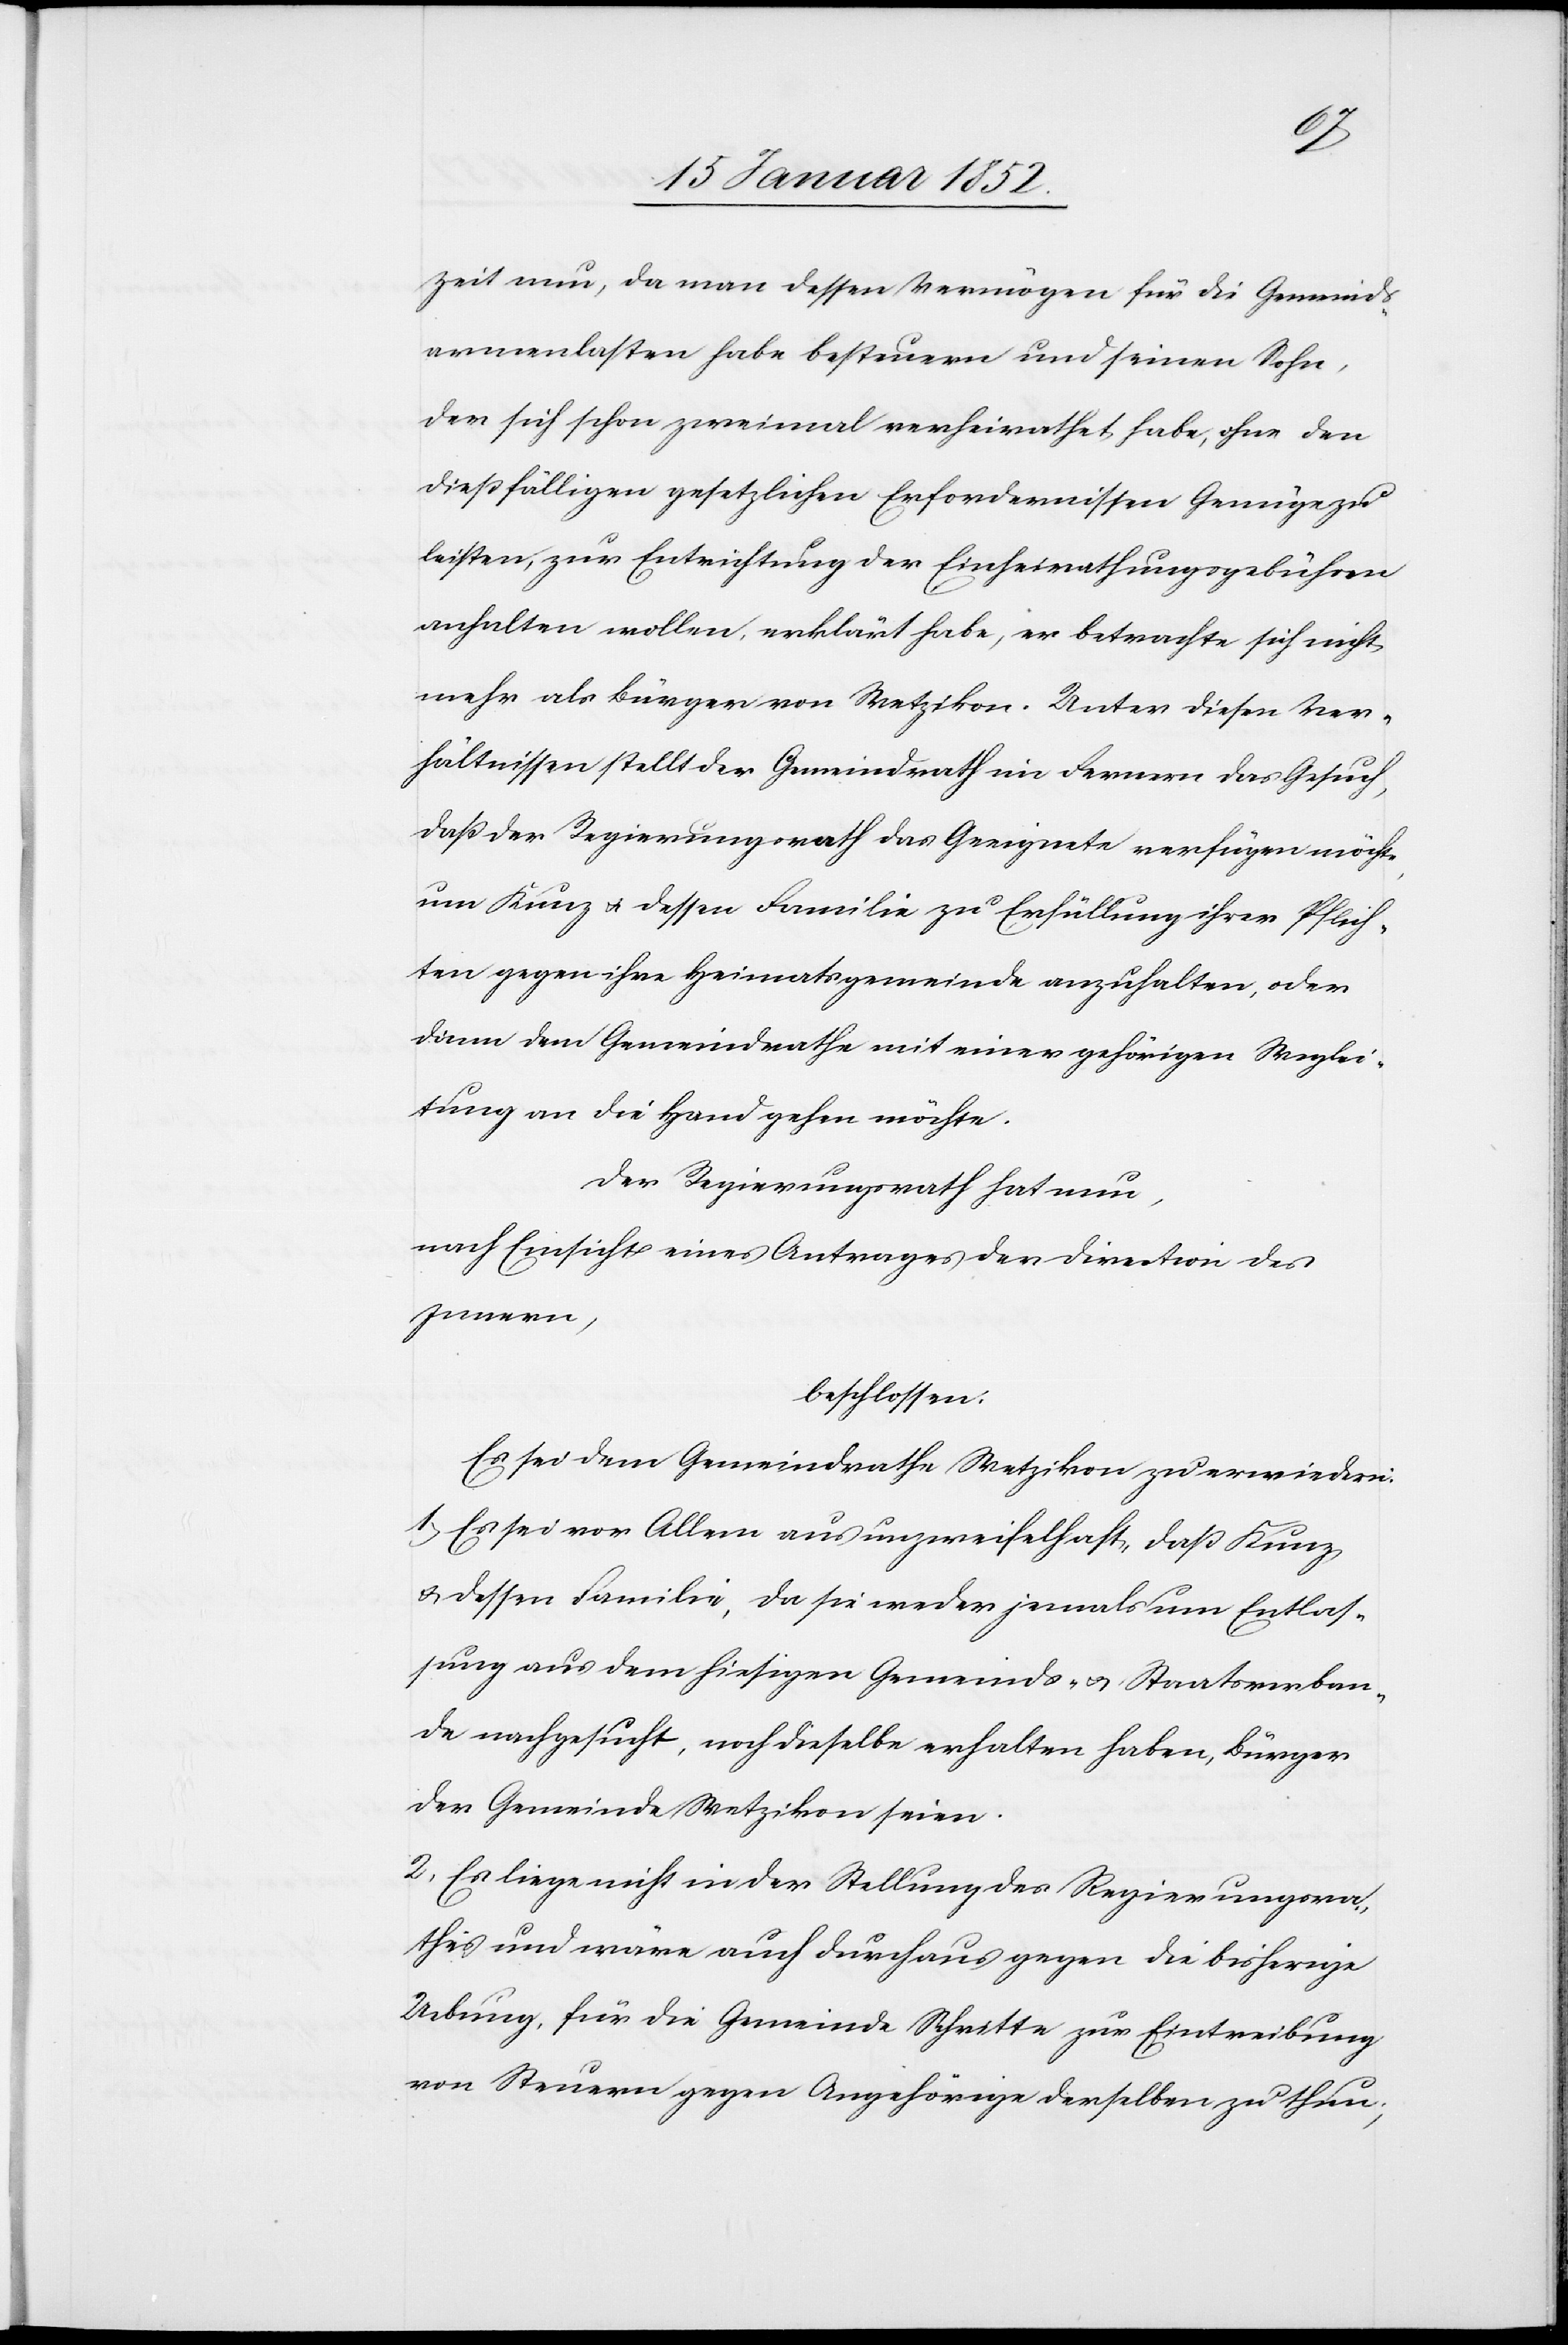
Zeit nun, da man dessen Vermögen für die Gemeinds¬
armenlasten habe besteuern und seinen Sohn,
der sich schon zweimal verheirathet, habe, ohne den
dießfälligen gesetzlichen Erfordernissen Genügen zu
leisten, zur Entrichtung der Einheirathungsgebühren
anhalten wollen, erklärt habe, er betrachte sich nicht
mehr als Bürger von Wetzikon. Unter diesen Ver¬
hältnissen stellt der Gemeindrath im Fernern das Gesuch,
daß der Regierungsrath das Geeignete verfügen möchte
um Kunz u. dessen Familie zu Erfüllung ihrer Pflich¬
ten gegen ihre Heimatsgemeinde anzuhalten, oder
dann dem Gemeindrathe mit einer gehörigen Weglei¬
tung an die Hand gehen möchte.
Der Regierungsrath hat nun,
nach Einsicht eines Antrages der Direction des
Innern,
beschlossen.
Es sei dem Gemeindrathe Wetzikon zu erwiedern.
1.) Es sei vor Allem aus unzweifelhaft, daß Kunz
u. dessen Familie, da sie weder jemals um Entlas¬
sung aus dem hiesigen Gemeinds- u. Staatsverban¬
de nachgesucht, noch dieselbe erhalten haben, Bürger
der Gemeinde Wetzikon seien.
2.[)] Es liege nicht in der Stellung des Regierungsra¬
thes und wäre auch durchaus gegen die bisherige
Uebung, für die Gemeinde Schritte zur Eintreibung
von Steuern gegen Angehörige derselben zu thun,